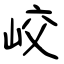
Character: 峧